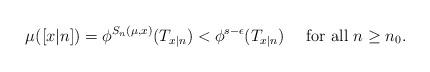
LaTeX: \begin{align*}\mu([x|n])=\phi^{S_n(\mu,x)}(T_{x|n})<\phi^{s-\epsilon}(T_{x|n})\quad\mbox{ for all }n\geq n_0.\end{align*}